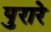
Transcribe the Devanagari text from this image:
पुरारे